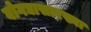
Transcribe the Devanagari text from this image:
बोगद्यासारख्या